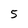
Character: 5